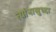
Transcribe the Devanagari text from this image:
त्यांनासुध्दा